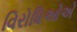
વિરોધિઓએ